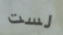
لست